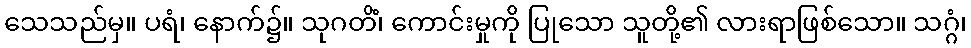
သေသည်မှ။ ပရံ၊ နောက်၌။ သုဂတိံ၊ ကောင်းမှုကို ပြုသော သူတို့၏ လားရာဖြစ်သော။ သဂ္ဂံ၊